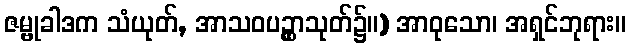
ဇမ္ဗုခါဒက သံယုတ်, အာသဝပဥ္ထှာသုတ်၌။) အာဝုသော၊ အရှင်ဘုရား။